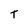
Character: T